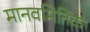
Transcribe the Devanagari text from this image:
मानवमितिक